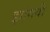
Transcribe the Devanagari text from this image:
झांगवी